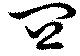
皿